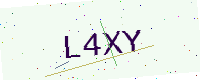
Text: L4XY